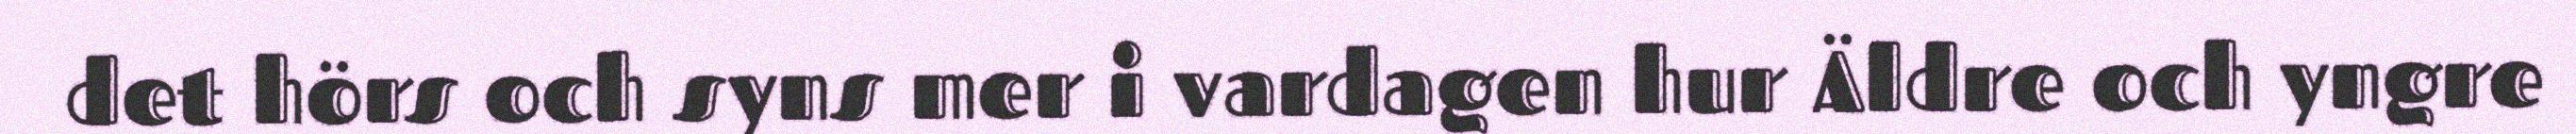
det hörs och syns mer i vardagen hur Äldre och yngre